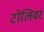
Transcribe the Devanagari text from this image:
टोलिवर